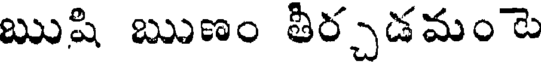
ఋషి ఋణం తీర్చడమంె